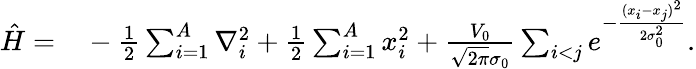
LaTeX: \begin{array}{rl}{\hat{H}=}&{{}-\frac{1}{2}\sum_{i=1}^{A}\nabla_{i}^{2}+\frac{1}{2}\sum_{i=1}^{A}x_{i}^{2}+\frac{V_{0}}{\sqrt{2\pi}\sigma_{0}}\sum_{i<j}e^{-\frac{(x_{i}-x_{j})^{2}}{2\sigma_{0}^{2}}}.}\end{array}